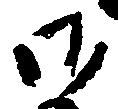
御